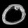
Digit: ၀